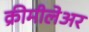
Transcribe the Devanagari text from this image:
क्रीमीलेअर